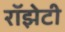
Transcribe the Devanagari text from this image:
रॉझेटी